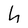
Character: h